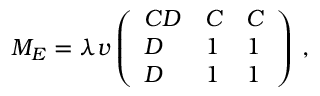
M _ { E } = \lambda v \left( \begin{array} { l l l } { { C D } } & { { C } } & { { C } } \\ { { D } } & { { 1 } } & { { 1 } } \\ { { D } } & { { 1 } } & { { 1 } } \end{array} \right) \, ,